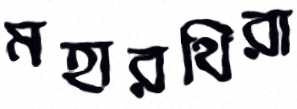
মহারথিরা